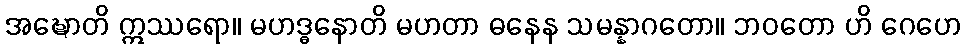
အဍ္ဎောတိ ဣဿရော။ မဟဒ္ဓနောတိ မဟတာ ဓနေန သမန္နာဂတော။ ဘဝတော ဟိ ဂေဟေ